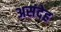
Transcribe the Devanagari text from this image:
असंदेह